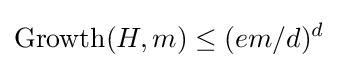
\operatorname {Growth} (H,m)\leq (em/d)^{d}